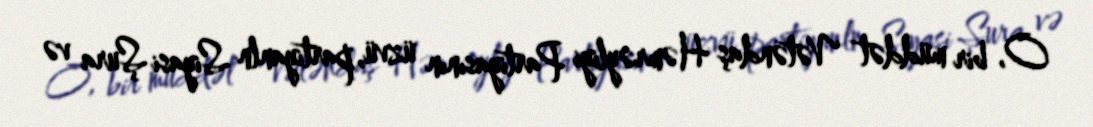
O, bir müddət Vətəndaş Həmrəyliyi Partiyasının üzvü, partiyanln Siyasi Şura və